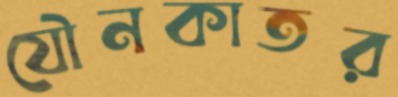
যৌনকাতর